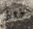
طھط